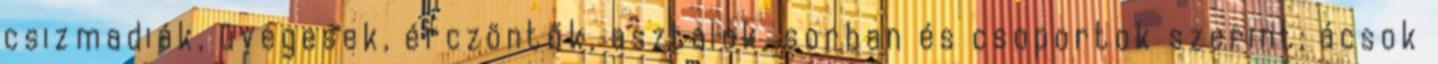
csizmadiák, üvegesek, érczöntők, asztalok, sorban és csoportok szerint; ácsok